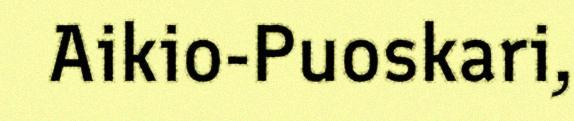
Aikio-Puoskari,